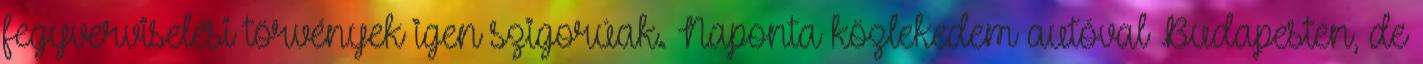
fegyverviselési törvények igen szigorúak. Naponta közlekedem autóval Budapesten, de